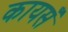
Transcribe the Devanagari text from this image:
कायसँ